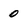
Character: 0